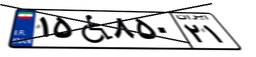
۱۵W۸۵۰۲۱